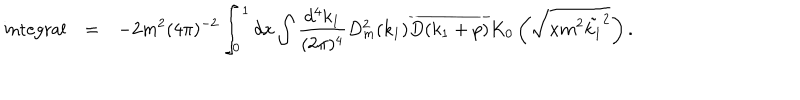
\begin{array} { r c l } { { \mathrm { i n t e g r a l } } } & { { = } } & { { \displaystyle - 2 m ^ { 2 } ( 4 \pi ) ^ { - 2 } \int _ { 0 } ^ { 1 } d x \int \frac { d ^ { 4 } k _ { 1 } } { ( 2 \pi ) ^ { 4 } } D _ { m } ^ { 2 } ( k _ { 1 } ) \overline { { { D ( k _ { 1 } + p ) } } } K _ { 0 } \left( \sqrt { x m ^ { 2 } \tilde { k _ { 1 } } ^ { 2 } } \right) . } } \\ \end{array}